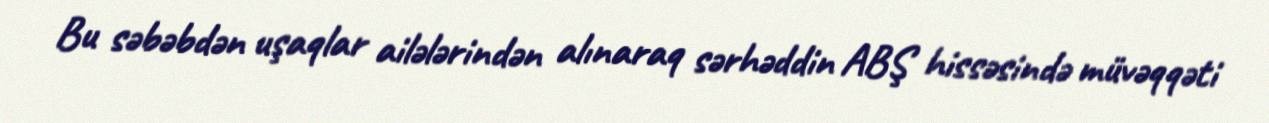
Bu səbəbdən uşaqlar ailələrindən alınaraq sərhəddin ABŞ hissəsində müvəqqəti